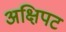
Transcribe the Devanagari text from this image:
अक्षिपट